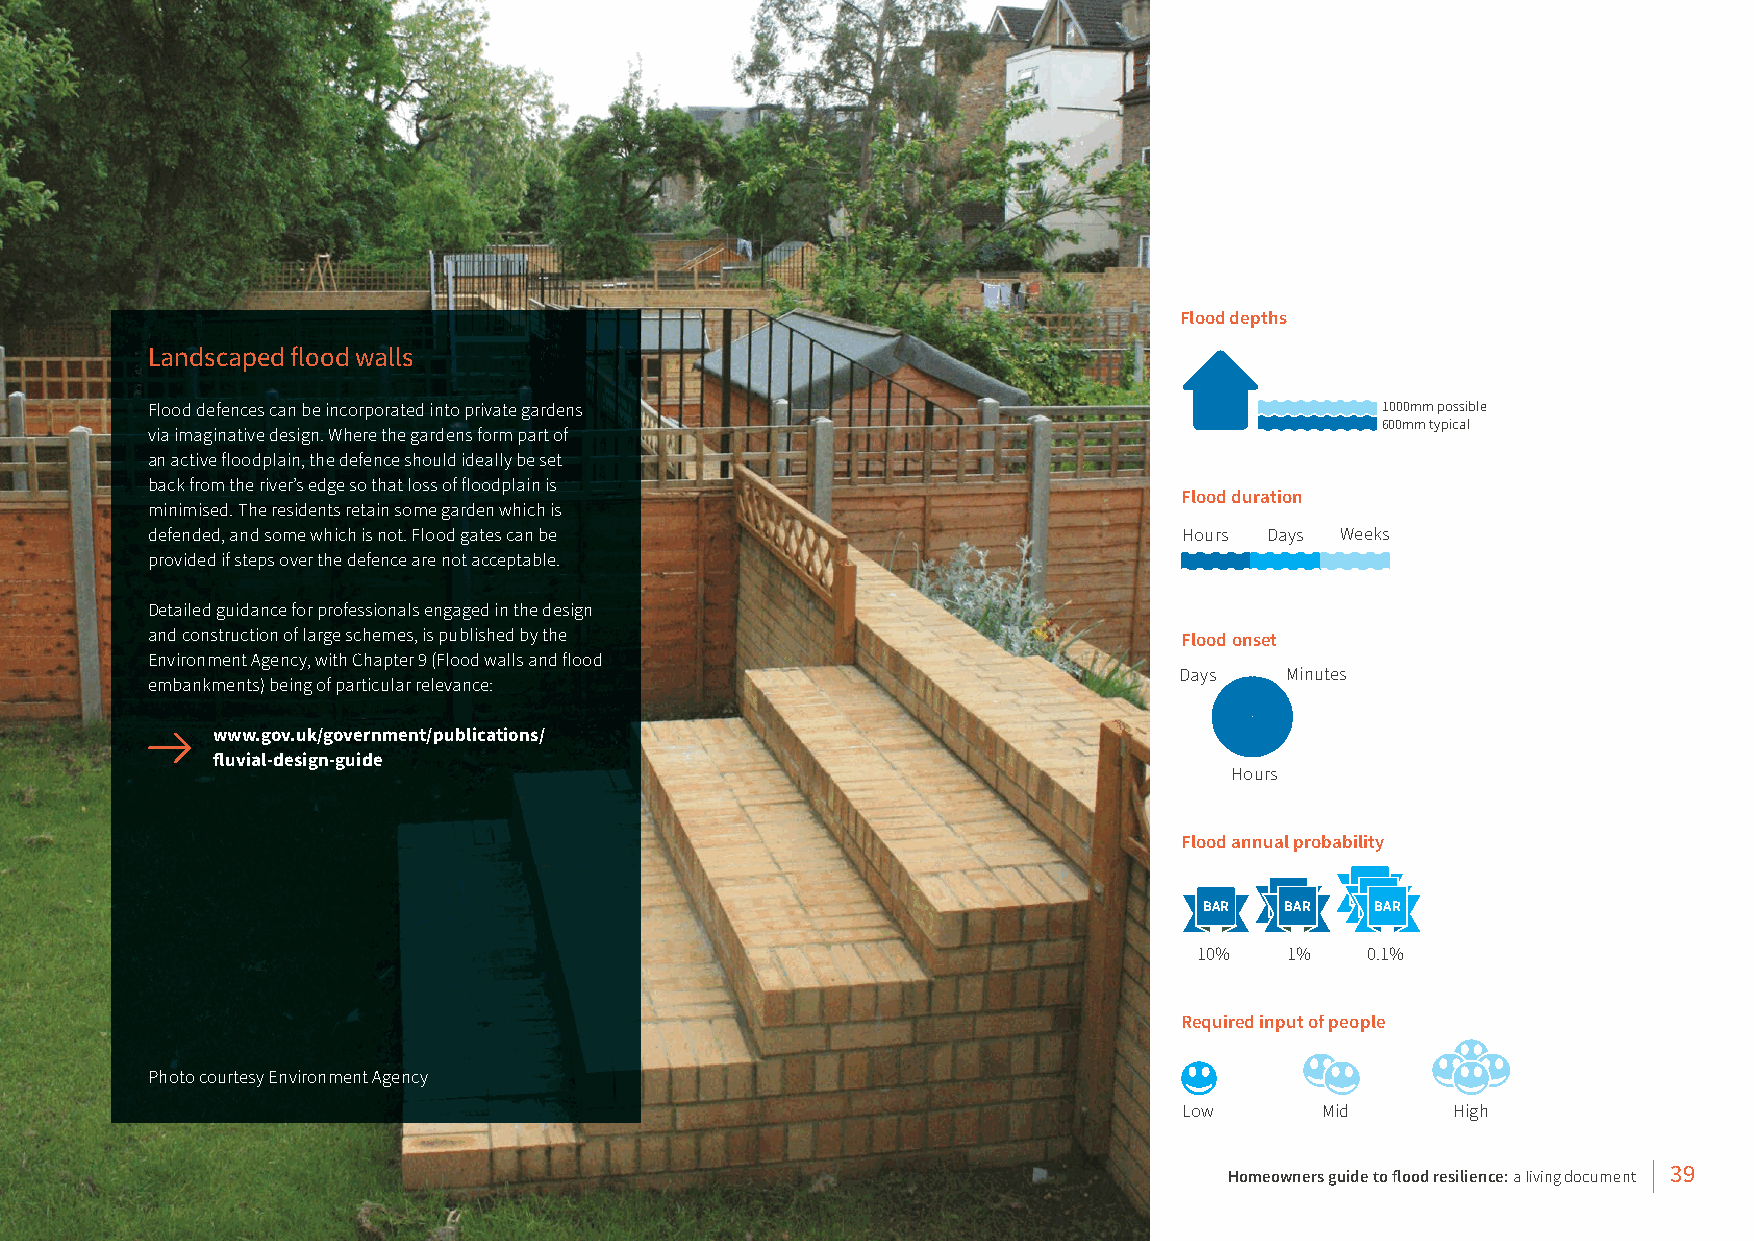
Flood depths
 Landscaped flood walls
 Flood defences can be incorporated into private gardens                          1000mm possible
 600mm typical
 via imaginative design. Where the gardens form part of
 an active floodplain, the defence should ideally be set
 back from the river’s edge so that loss of floodplain is
 Flood duration
 minimised. The residents retain some garden which is
 defended, and some which is not. Flood gates can be                 Hours Days Weeks
 provided if steps over the defence are not acceptable.
 Detailed guidance for professionals engaged in the design
 and construction of large schemes, is published by the
 Flood onset
 Environment Agency, with Chapter 9 (Flood walls and flood
 Days   Minutes
 embankments) being of particular relevance:
 www.gov.uk/government/publications/
 fluvial-design-guide
 Hours
 Flood annual probability
 BAR  BAR   BAR
 10%   1%   0.1%
 Required input of people
 Photo courtesy Environment Agency
 Low       Mid     High
 Homeowners guide to flood resilience: a living document 39